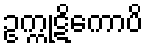
ဥက္ကုဋိကောပိ